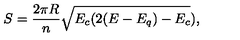
S = \frac { 2 \pi R } { n } \sqrt { E _ { c } ( 2 ( E - E _ { q } ) - E _ { c } } ) ,